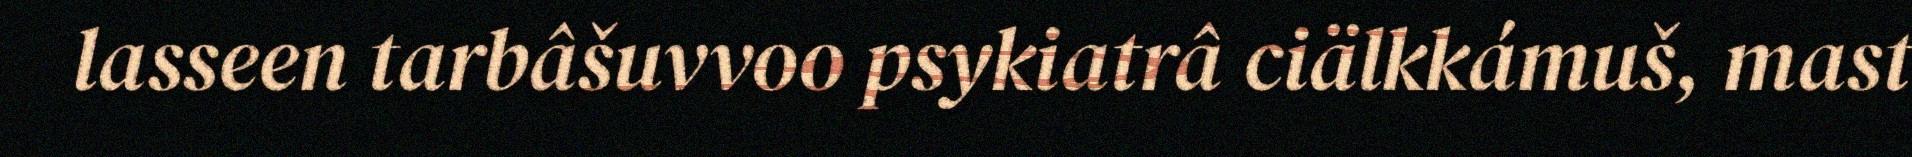
lasseen tarbâšuvvoo psykiatrâ ciälkkámuš, mast